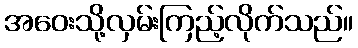
အဝေးသို့လှမ်းကြည့်လိုက်သည်။